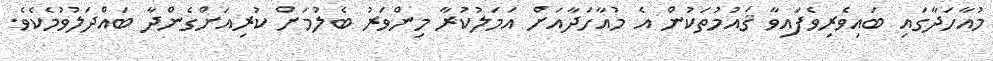
މުއާހަދާގަައި ބައިވެރިވެފައިވާ ޤައުމުތަކުން އެ މުއާހަދާއަށް އަމަލުކުރާ މިންވަރު ބެލުމަށް ކުރިއަށްގެންދާ ބައްދަލުވުމެކެވެ.